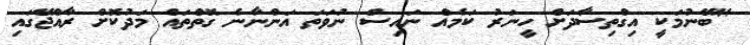
"ބޭނުމަކީ އިގްތިސާދަށް ހީނަރު ކަމެއް ނައިސް ނުވަތަ އަންނާނެ ގޮތްތައް މަދުކޮށް ރާއްޖޭގައި